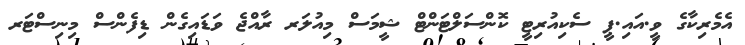
އެމެރިކާގެ ވީ.އައި.ޕީ ސެކިއުރިޓީ ކޮންސަލްޓަންޓް ޝީމަސް މިއުލަރ ރާއްޖެ ވަޑައިގެން ޑިފެންސް މިނިސްޓަރ